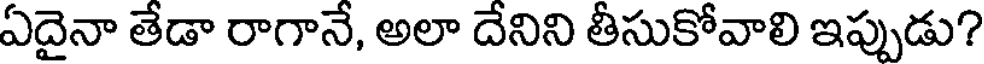
ఏదైనా తేడా రాగానే, అలా దేనిని తీసుకోవాలి ఇప్పుడు?